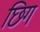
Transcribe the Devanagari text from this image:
छिग